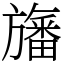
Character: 旛